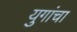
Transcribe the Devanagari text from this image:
युगांचा